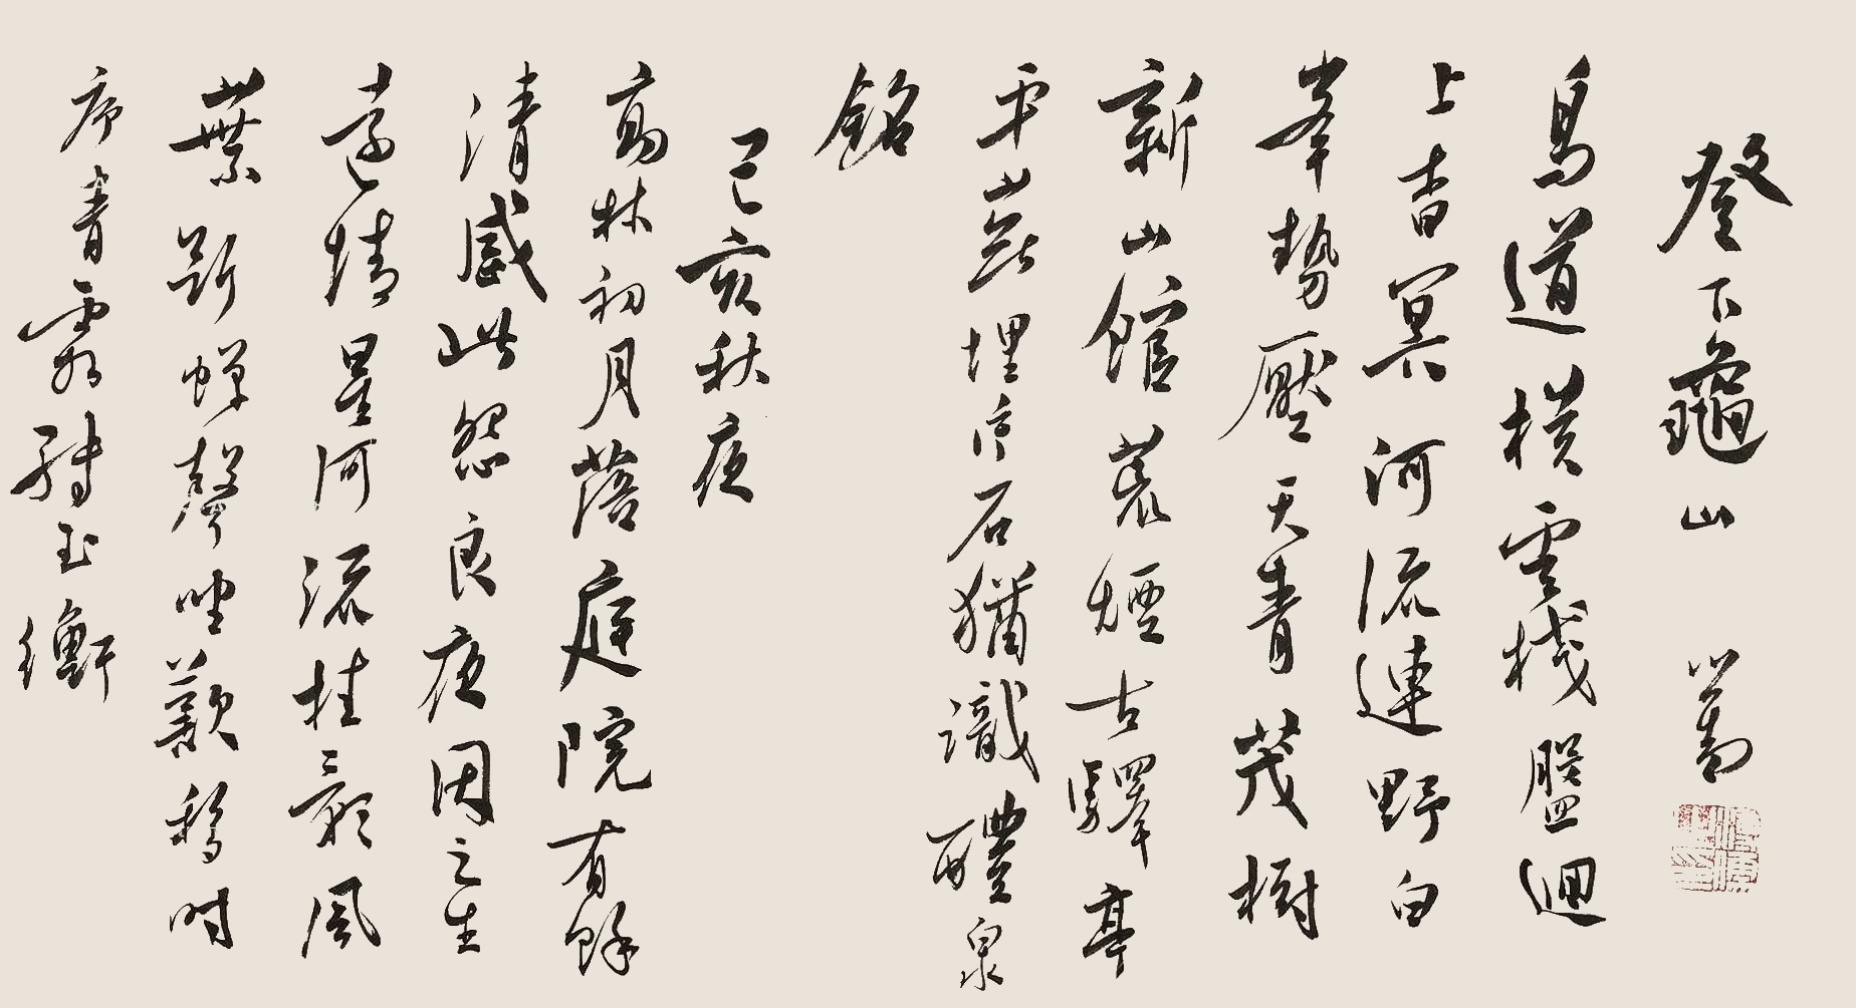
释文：鸟道横云栈，盘回上杳冥。河流连野白，峰势压天青。茂树新山馆，荒烟古驿亭。平芜埋片石，犹识醴泉铭。高林初月落，庭院有余清。感此怨良夜，因之生远情。星河流桂影，风叶断蝉声。坐叹移时序，青霜缚玉衡。登下龟山，心畬。己亥秋夜。溥儒之印（白）